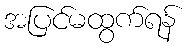
အပြင်မထွက်ရန်